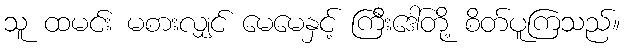
သူ ထမင်း မစားလျှင် မေမေနှင့် ကြီးဒေါ်တို့ စိတ်ပူကြသည်။